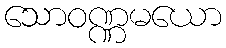
သောဝဏ္ဏမယော